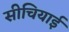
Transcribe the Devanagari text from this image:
सीचियाई